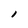
Character: I